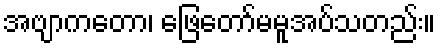
အဗျာကတော၊ ဖြေတော်မမူအပ်သတည်း။